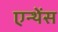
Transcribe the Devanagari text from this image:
एन्थेंस